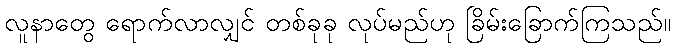
လူနာတွေ ရောက်လာလျှင် တစ်ခုခု လုပ်မည်ဟု ခြိမ်းခြောက်ကြသည်။